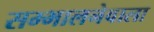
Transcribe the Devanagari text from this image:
सम्भालनेवाला